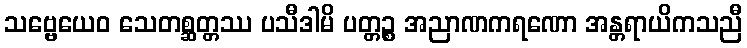
သဗ္ဗေယေဝ သေတစ္ဆတ္တဿ ပသီဒါမိ ပတ္တဉ္စ အညာဏကရဏော အန္တရာယိကသညီ